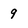
Character: 9